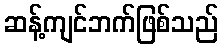
ဆန့်ကျင်ဘက်ဖြစ်သည်